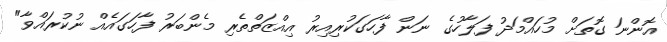
އޮންނަ ގޮތަށް މުހައްމަދު ފަލާހުގެ ނަން ފާހަގަކުރިއިރު އިއްޒަތްތެރި މެންބަރު ފާހަގައެއް ނުކުރައްވާ"